Civil Veterinary Department. Madras. Admin. report 1910-25 - 1910-1925
Year: 1910
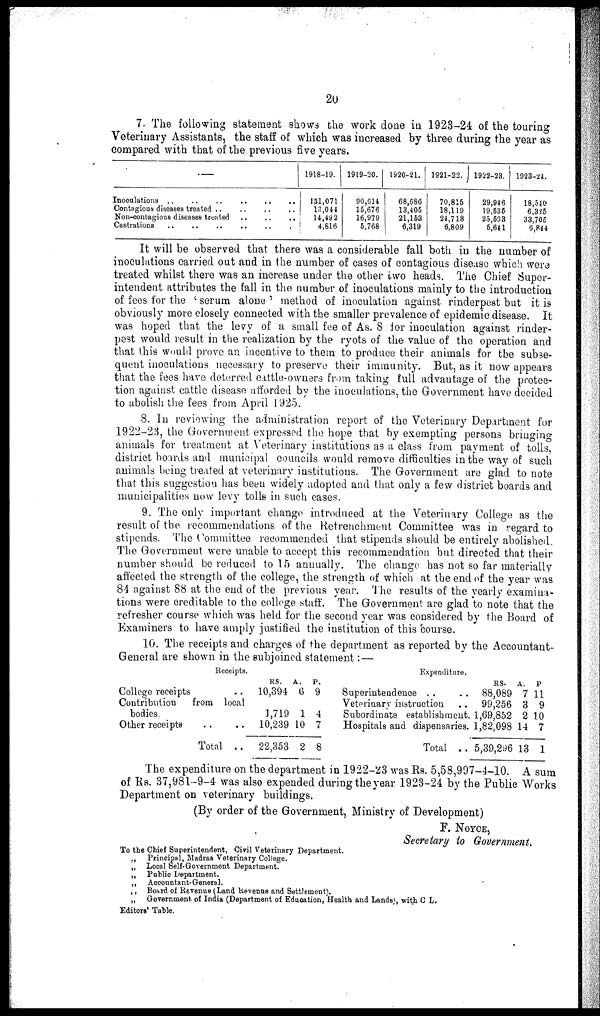
20
7. The following statement shows the work done in 1923-24 of the touring
Veterinary Assistants, the staff of which was increased by three during the year as
compared with that of the previous five years.
Inoculations ..
..
..
..
..
..
Contagious diseases treated .. .. .. ..
Non-contagious diseases treated .. .. .. ..
Castrations .. .. .. ..
1918-19.
131,071
13,044
14,49 2
4,816
1919-20.
90,614
15,676
16,979
5,768
1920-21.
68,686
13,405
21,153
6,319
1921-22.
70,815
18,119
24,718
6,809
1922-23.
29,946
19,535
25,593
5,641
1923-24.
18,540
6,325
33,705
6,844
It will be observed that there was a considerable fall both in the number of
inoculations carried out and in the number of cases of contagious disease which were
treated whilst there was an increase under the other two heads. The Chief Super-
intendent attributes the fall in the number of inoculations mainly to the introduction
of fees for the 'serum alone' method of inoculation against rinderpest but it is
obviously more closely connected with the smaller prevalence of epidemic disease. It
was hoped that the levy of a small fee of As. 8 for inoculation against rinder-
pest would result in the realization by the ryots of the value of the operation and
that this would prove an incentive to them to produce their animals for the subse-
quent inoculations necessary to preserve their immunity. But, as it now appears
that the fees have deterred cattle-owners from taking full advantage of the protec-
tion against cattle disease afforded by the inoculations, the Government have decided
to abolish the fees from April 1925.
8. In reviewing the administration report of the Veterinary Department for
1922-23, the Government expressed the hope that by exempting persons bringing
animals for treatment at Veterinary institutions as a class from payment of tolls,
district hoards and municipal councils would remove difficulties in the way of such
animals being treated at veterinary institutions. The Government are glad to note
that this suggestion has been widely adopted and that only a few district boards and
municipalities now levy tolls in. such cases.
9. The only important change introduced at the Veterinary College as the
result of the recommendations of the Retrenchment Committee was in regard to
stipends. The Committee recommended that stipends should be entirely abolished.
The Government were unable to accept this recommendation but directed that their
number should be reduced to 15 annually. The change has not so far materially
affected the strength of the college, the strength of which at the end of the year was
84 against 88 at the end of the previous year. The results of the yearly examina-
tions were creditable to the college staff. The Government are glad to note that the
refresher course which was held for the second year was considered by the Board of
Examiners to have amply justified the institution of this course.
10. The receipts and charges of the department as reported by the Accountant-
General are shown in the subjoined statement:—
Receipts.
College receipts ..
Contribution
from local
bodies.
Other receipts .. ..
Total ..
RS.
10,394
1,719
10,239
22,353
A.
6
1
10
2
P.
9
4
7
8
Expenditure.
Superintendence .. ..
Veterinary instruction ..
Subordinate establishment.
Hospitals and dispensaries.
Total ..
RS.
88,089
99,256
1,69,852
1,82,098
5,39,296
A.
7
3
2
14
13
P
11
9
10
7
1
The expenditure on the department in 1922-23 was Rs. 5,58,997-4-10. A sum
of Rs. 37,981-9-4 was also expended during the year 1923-24 by the Public Works
Department on veterinary buildings.
(By order of the Government, Ministry of Development)
F. NOYCE,
Secretary to Government.
To the Chief Superintendent, Civil Veterinary Department.
„ Principal, Madras Veterinary College.
„ Local Self-Government Department.
„ Public Department.
„ Accountant-General.
„ Board of Revenue (Land Revenue and Settlement).
„ Government of India (Department of Education, Health and Lands), with C L.
Editors' Table.